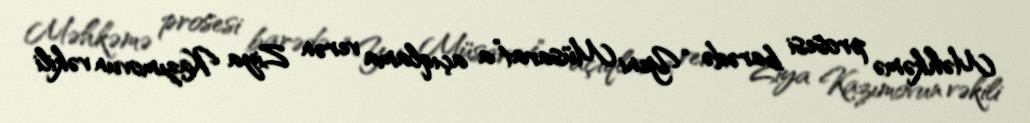
Məhkəmə prosesi barədə “Yeni Müsavat”a açıqlama verən Ziya Kazımovun vəkili